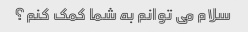
سلام می توانم به شما کمک کنم؟